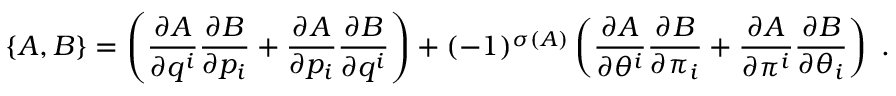
\left\{ A , B \right\} = \left( \frac { \partial A } { \partial q ^ { i } } \frac { \partial B } { \partial p _ { i } } + \frac { \partial A } { \partial p _ { i } } \frac { \partial B } { \partial q ^ { i } } \right) + ( - 1 ) ^ { \sigma ( A ) } \left( \frac { \partial A } { \partial \theta ^ { i } } \frac { \partial B } { \partial \pi _ { i } } + \frac { \partial A } { \partial \pi ^ { i } } \frac { \partial B } { \partial \theta _ { i } } \right) \ .